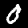
Digit: 0